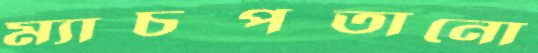
ম্যাচপতানো